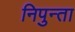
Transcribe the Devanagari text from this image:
निपुन्ता